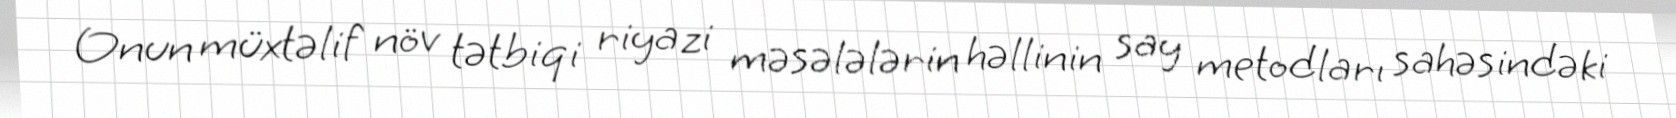
Onun müxtəlif növ tətbiqi riyazi məsələlərin həllinin say metodları sahəsindəki